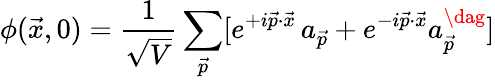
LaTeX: \phi(\vec{x},0)={\frac{1}{\sqrt{V}}}\sum_{\vec{p}}[e^{+i\vec{p}\cdot\vec{x}}\, a_{\vec{p}}+e^{-i\vec{p}\cdot\vec{x}}a_{\vec{p}}^{\dag}]